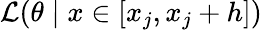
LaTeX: {\mathcal{L}}(\theta\mid x\in[x_{j},x_{j}+h])